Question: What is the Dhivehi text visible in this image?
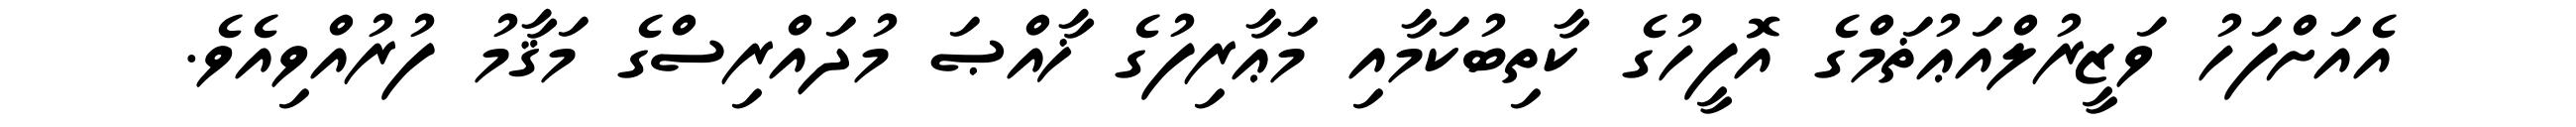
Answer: އެއަށްފަހު ވަޒީރުލްއަޢުޡަމްގެ އޮފީހުގެ ކާތިބުކަމާއި މަޢާރިފުގެ ޚާއްޞަ މުދައްރިސްގެ މަޤާމު ފުރުއްވިއެވެ.